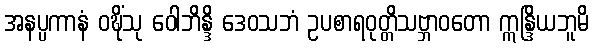
အနပ္ပကာနံ ဝဍ္ဎိံသု ဝေါဘိန္ဒိ ဒေဝသဘံ ဥပစာရဝုတ္တိသဗ္ဘာဝတော ဣန္ဒြိယဘူမိ